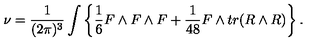
\nu = { \frac { 1 } { ( 2 \pi ) ^ { 3 } } } \int \left\{ { \frac { 1 } { 6 } } F \wedge F \wedge F + { \frac { 1 } { 4 8 } } F \wedge t r ( R \wedge R ) \right\} .